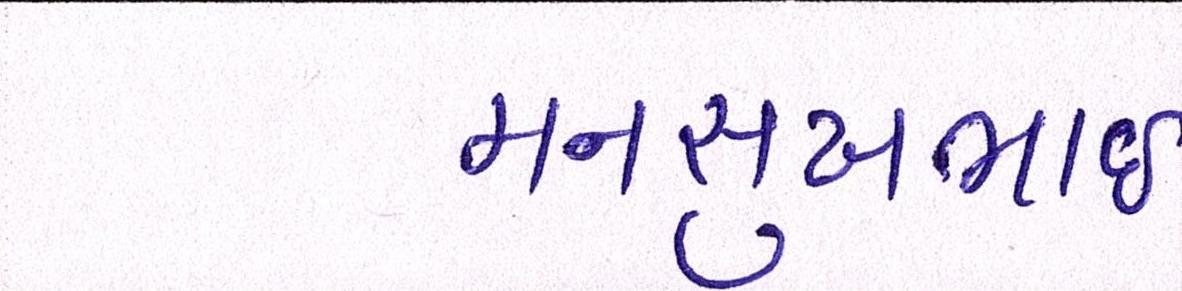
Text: મનસુખભાઈ